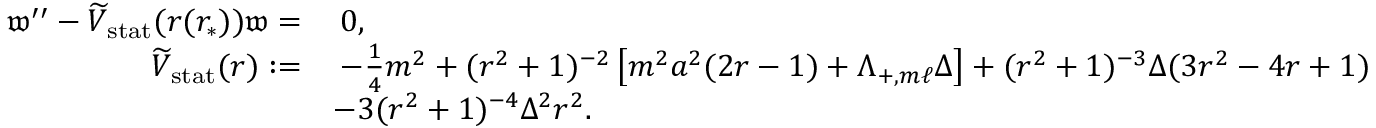
\begin{array} { r l } { \mathfrak { w } ^ { \prime \prime } - \widetilde { V } _ { \mathrm { s t a t } } ( r ( r _ { * } ) ) \mathfrak { w } = } & { \: 0 , } \\ { \widetilde { V } _ { \mathrm { s t a t } } ( r ) : = } & { \: - \frac { 1 } { 4 } m ^ { 2 } + ( r ^ { 2 } + 1 ) ^ { - 2 } \left[ m ^ { 2 } a ^ { 2 } ( 2 r - 1 ) + \Lambda _ { + , m \ell } \Delta \right] + ( r ^ { 2 } + 1 ) ^ { - 3 } \Delta ( 3 r ^ { 2 } - 4 r + 1 ) } \\ & { - 3 ( r ^ { 2 } + 1 ) ^ { - 4 } \Delta ^ { 2 } r ^ { 2 } . } \end{array}